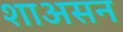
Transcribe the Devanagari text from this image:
शाअसन